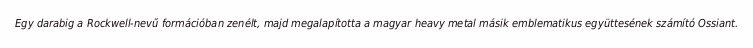
Egy darabig a Rockwell-nevű formációban zenélt, majd megalapította a magyar heavy metal másik emblematikus együttesének számító Ossiant.